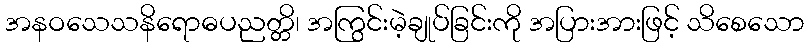
အနဝသေသနိရောဓပညတ္တိ၊ အကြွင်းမဲ့ချုပ်ခြင်းကို အပြားအားဖြင့် သိစေသော